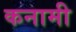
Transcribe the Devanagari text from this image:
कनामी